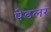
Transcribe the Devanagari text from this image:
पेडलर